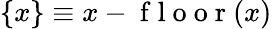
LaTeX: \{ x\} \equiv x-\mathrm{~f~l~o~o~r~}(x)